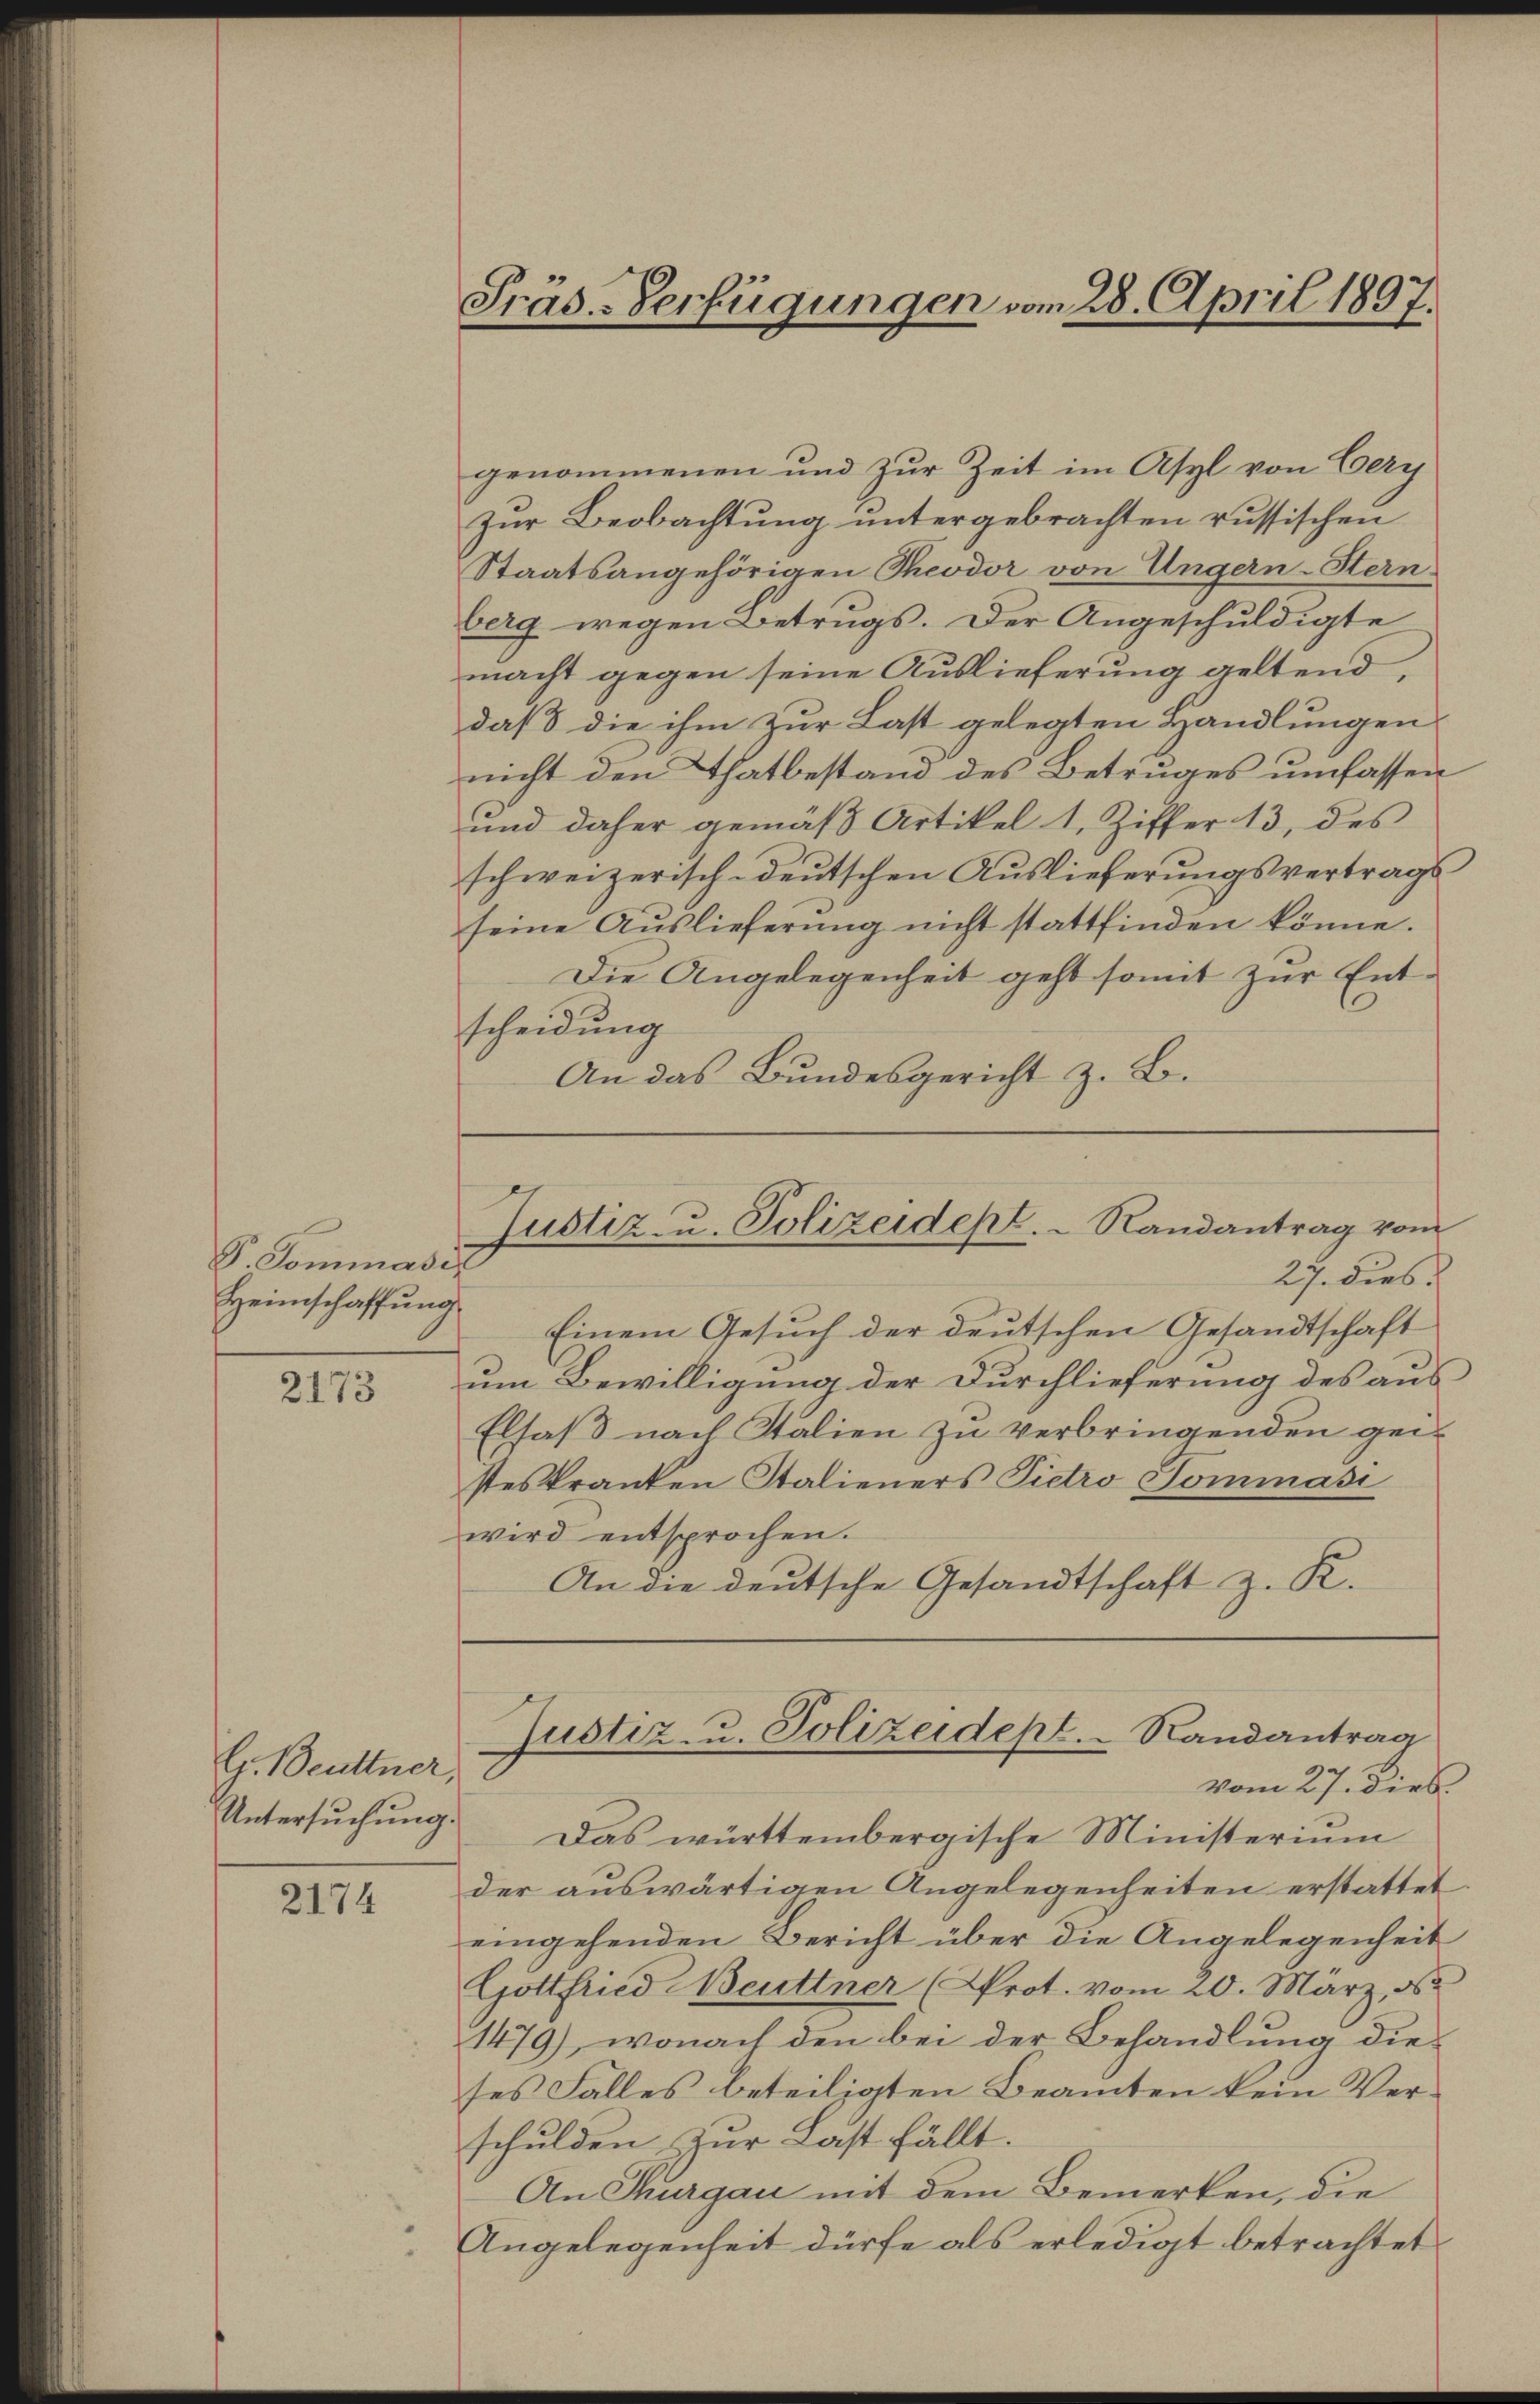
Sr. Dominasik
Heimschaffung

2173

Gr. Beuttner,
Untersuchung.

2174

Präs.-Verfügungen vom 28. April 1897.

genommenen und zur Zeit im Asyl von Cery
Zur Beobachtung untergebrachten russischen
Staatsangehörigen Theodor von Ungern-Stern
berg wegen Betrugs. Der Angeschuldigte
macht gegen seine Auslieferung geltend,
daß die ihm zur Last gelegten Handlungen
nicht den Thatbestand des Betruges umfassen
und daher gemäß Artikel 1, Ziffer 13, des
schweizerisch-deutschen Auslieferungsvertragsseine Auslieferung nicht stattfinden könne.
Die Angelegenheit geht somit zur Entscheidung
An das Bundesgericht z. B.

Einem Gesuch der deutschen Gesandtschaft
um Bewilligung der Durchlieferung des aus
Elsaß nach Stalien zu verbringenden geisteskranten Stalieners Pietro Tominasi
wird entsprochen.
An die deutsche Gesandtschaft z. K.

Justiz- u. Polizeidept. Randantrag vom
27. dies

Das württembergische Ministerium
der auswärtigen Angelegenheiten erstattet.
eingehenden Bericht über die Angelegenheit
Gottfried Neuttner (Prot. vom 20. März, d
1479), wonach den bei der Behandlung dieses Falles beteiligten Beamten kein Verschulden zur Last fällt.
An Thurgau mit dem Bemerken, die
Angelegenheit dürfe als erledigt betrachtet

Justiz- u. Polizeidept. Randantrag
vom 27. dies